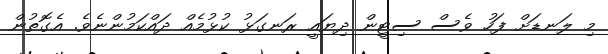
މި ލަނޑަށް ފަހު ވެސް ސިޓީން ދިޔައީ ރަނގަޅު ކުޅުމެއް ދައްކަމުންނެވެ. އެގޮތުން